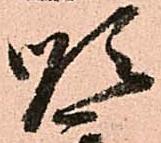
順